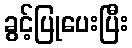
ခွင့်ပြုပေးပြီး